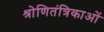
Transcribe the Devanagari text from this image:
श्रोणितंत्रिकाओं